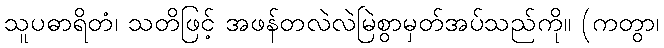
သူပဓာရိတံ၊ သတိဖြင့် အဖန်တလဲလဲမြဲစွာမှတ်အပ်သည်ကို။ (ကတွာ၊